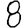
Digit: 8